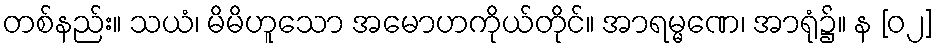
တစ်နည်း။ သယံ၊ မိမိဟူသော အမောဟကိုယ်တိုင်။ အာရမ္မဏေ၊ အာရုံ၌။ န [၀၂]